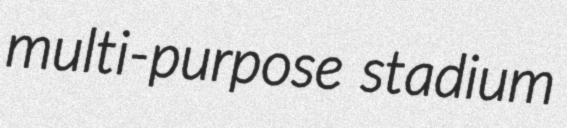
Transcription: multi-purpose stadium